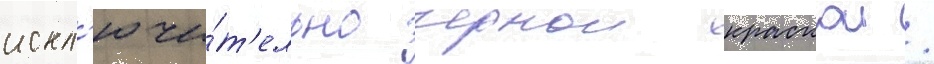
искл'ючи́т'ельно чернои краскои /